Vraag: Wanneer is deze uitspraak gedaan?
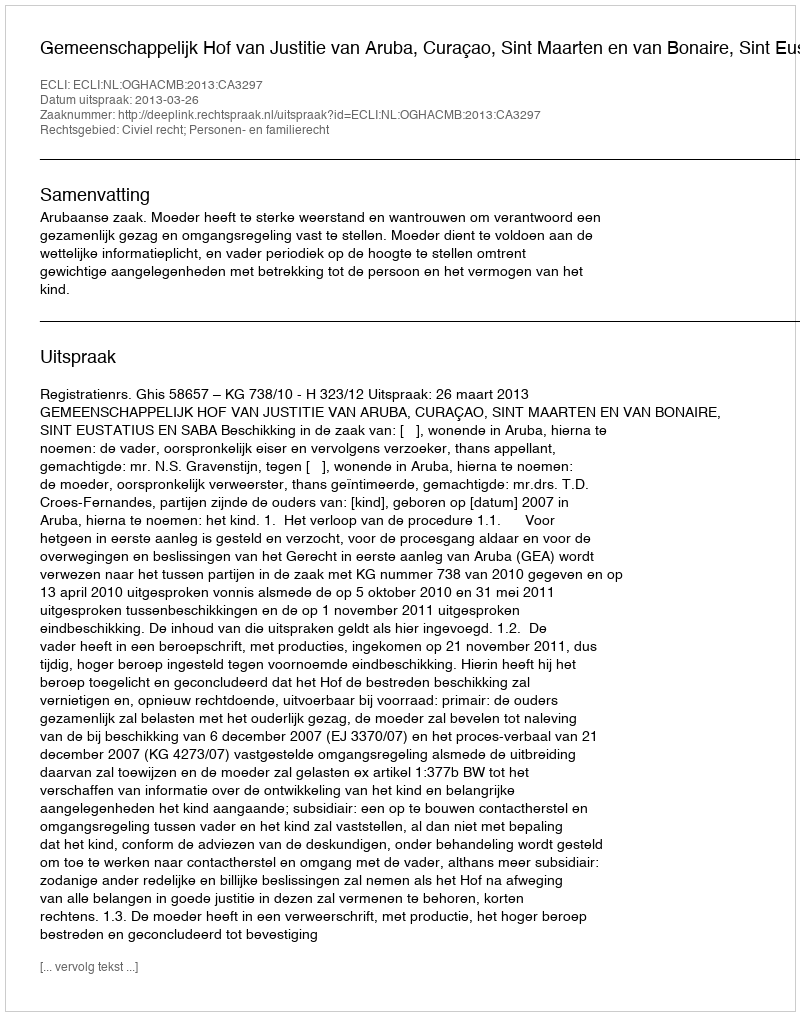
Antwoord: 2013-03-26